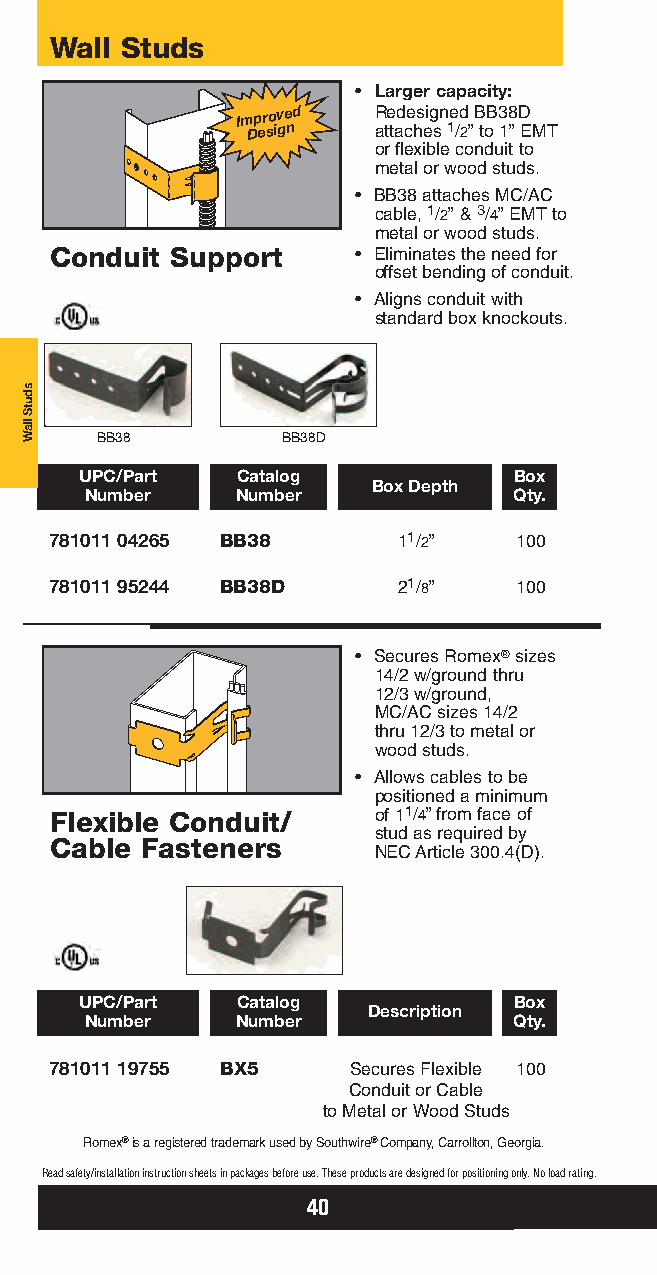
Wall Studs
 • Larger capacity:
 Im Dp er so iv ge nd R ate tad ce hs eig sn 1e /d
 2”
 B toB 3 18
 ”
 D
 EMT
 or flexible conduit to
 metal or wood studs.
 • BB38 attaches MC/AC
 cable, 1/2” & 3/4” EMTto
 metal or wood studs.
 Conduit Support     • Eliminates the need for
 offset bending of conduit.
 • Aligns conduit with
 standard box knockouts.
 BB38         BB38D
 UPC/Part   Catalog           Box
 Box Depth
 Number    Number            Qty.
 781011 04265 BB38      11/2”   100
 781011 95244 BB38D     21/8”   100
 • Secures Romex®sizes
 14/2 w/ground thru
 12/3 w/ground,
 MC/AC sizes 14/2
 thru 12/3 to metal or
 wood studs.
 • Allows cables to be
 positioned a minimum
 Flexible Conduit/     of 11/4” from face of
 stud as required by
 Cable Fasteners
 NEC Article 300.4(D).
 UPC/Part   Catalog           Box
 Description
 Number    Number            Qty.
 781011 19755 BX5    Secures Flexible 100
 Conduit or Cable
 to Metal or Wood Studs
 Romex®is a registered trademark used by Southwire®Company, Carrollton, Georgia.
 Read safety/installation instruction sheets in packages before use. These products are designed for positioning only. No load rating.
 40
 sdutS
 llaW